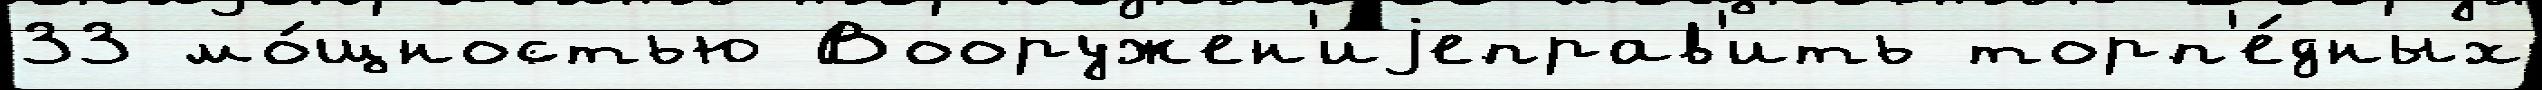
33 мо́щностью Вооружен'иjеправ'ить торп'е́дных